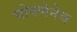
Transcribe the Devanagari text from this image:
घोषणेनेच